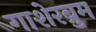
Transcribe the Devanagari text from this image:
गाशेरब्रुम